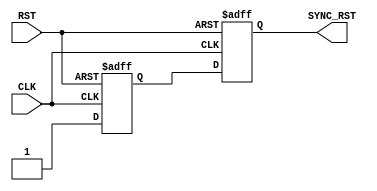
module RST_SYNC_SYS (
    input   wire        CLK,
    input   wire        RST,

    output  reg         SYNC_RST
     );
     
    reg      stage; 

always @(posedge CLK or negedge RST ) 
   begin
     if(!RST)
       begin
        SYNC_RST<='b0;
        stage<='b0;
       end
     else
       begin
         stage<='b1;
         SYNC_RST<=stage; 
       end
   end
endmodule